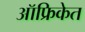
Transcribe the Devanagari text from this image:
ऑफ्रिकेत